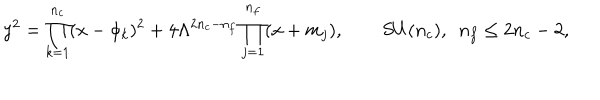
LaTeX: y ^ { 2 } = \prod _ { k = 1 } ^ { n _ { c } } ( x - \phi _ { k } ) ^ { 2 } + 4 \Lambda ^ { 2 n _ { c } - n _ { f } } \prod _ { j = 1 } ^ { n _ { f } } ( x + m _ { j } ) , \qquad S U ( n _ { c } ) , \, \, \, n _ { f } \le 2 n _ { c } - 2 ,